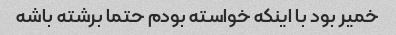
خمیر بود با اینکه خواسته بودم حتما برشته باشه